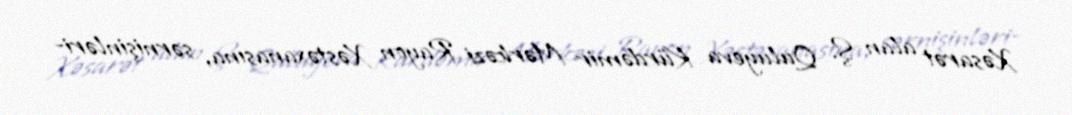
Xəsarət alan Ş. Quluyeva Kürdəmir Mərkəzi Rayon Xəstəxanasına, sərnişinləri-